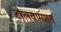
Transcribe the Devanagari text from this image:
टोलवण्यात